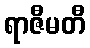
ရာဇီမတီ